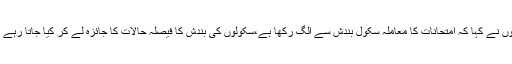
انہوں نے کہا کہ امتحانات کا معاملہ سکول بندش سے الگ رکھا ہے،سکولوں کی بندش کا فیصلہ حالات کا جائزہ لے کر کیا جاتا رہے گا۔